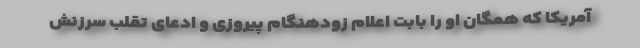
آمریکا که همگان او را بابت اعلام زودهنگام پیروزی و ادعای تقلب سرزنش